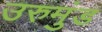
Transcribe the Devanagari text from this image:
उरुमुंड